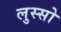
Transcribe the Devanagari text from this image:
लुस्सो